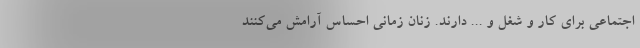
اجتماعی برای کار و شغل و ... دارند. زنان زمانی احساس آرامش می‌کنند